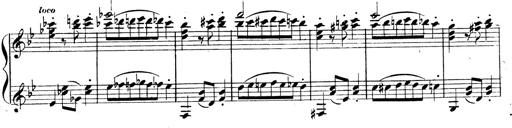
Title: 3 Caprices-Valses
Composer: Franz Liszt